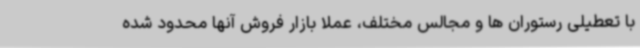
با تعطیلی رستوران ها و مجالس مختلف، عملا بازار فروش آنها محدود شده